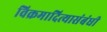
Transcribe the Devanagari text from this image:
विक्रमादित्यासंबंधी